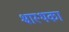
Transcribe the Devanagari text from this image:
श्वास्थका